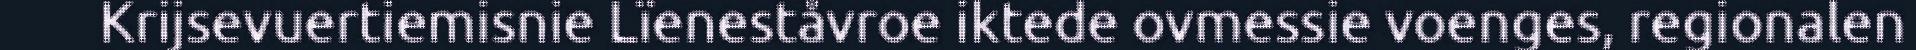
Krijsevuertiemisnie Lïeneståvroe iktede ovmessie voenges, regionalen